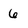
Character: 6